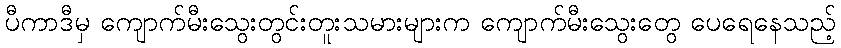
ပီကာဒီမှ ကျောက်မီးသွေးတွင်းတူးသမားများက ကျောက်မီးသွေးတွေ ပေရေနေသည့်